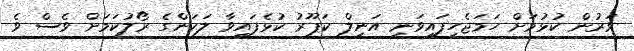
ވަރުން ކުޅުމަށް ހަމަޖެހިފައިވަނީ އަނިލް ކަޕޫރު ކުޅެފައިވާ ލަކަންގެ ރޯލުކަމަށް ވެސް ވެ